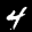
Label: 4